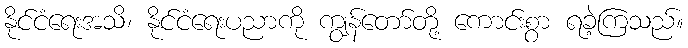
နိုင်ငံရေးအသိ၊ နိုင်ငံရေးပညာကို ကျွန်တော်တို့ ကောင်းစွာ ရခဲ့ကြသည်။